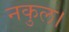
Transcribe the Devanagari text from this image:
नकुल।